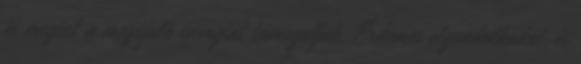
és megint a megújuló energiát támogatják. Érdemes elgondolkodni, és